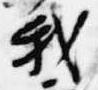
我